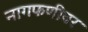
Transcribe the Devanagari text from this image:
नागफणीवर